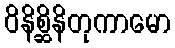
ဝိနိစ္ဆိနိတုကာမော